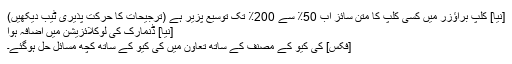
[نیا] کلپ براؤزر میں کسی کلپ کا متن سائز اب 50٪ سے 200٪ تک توسیع پزیر ہے (ترجیحات کا حرکت پذیری ٹیب دیکھیں)
[نیا] ڈنمارک کی لوکلائزیشن میں اضافہ ہوا
[فکس] کی کیو کے مصنف کے ساتھ تعاون میں کی کیو کے ساتھ کچھ مسائل حل ہوگئے۔